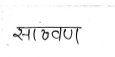
मजकूर: साठवण